NAE_ERA_R-2362_Emakeele_Selts, lk 52
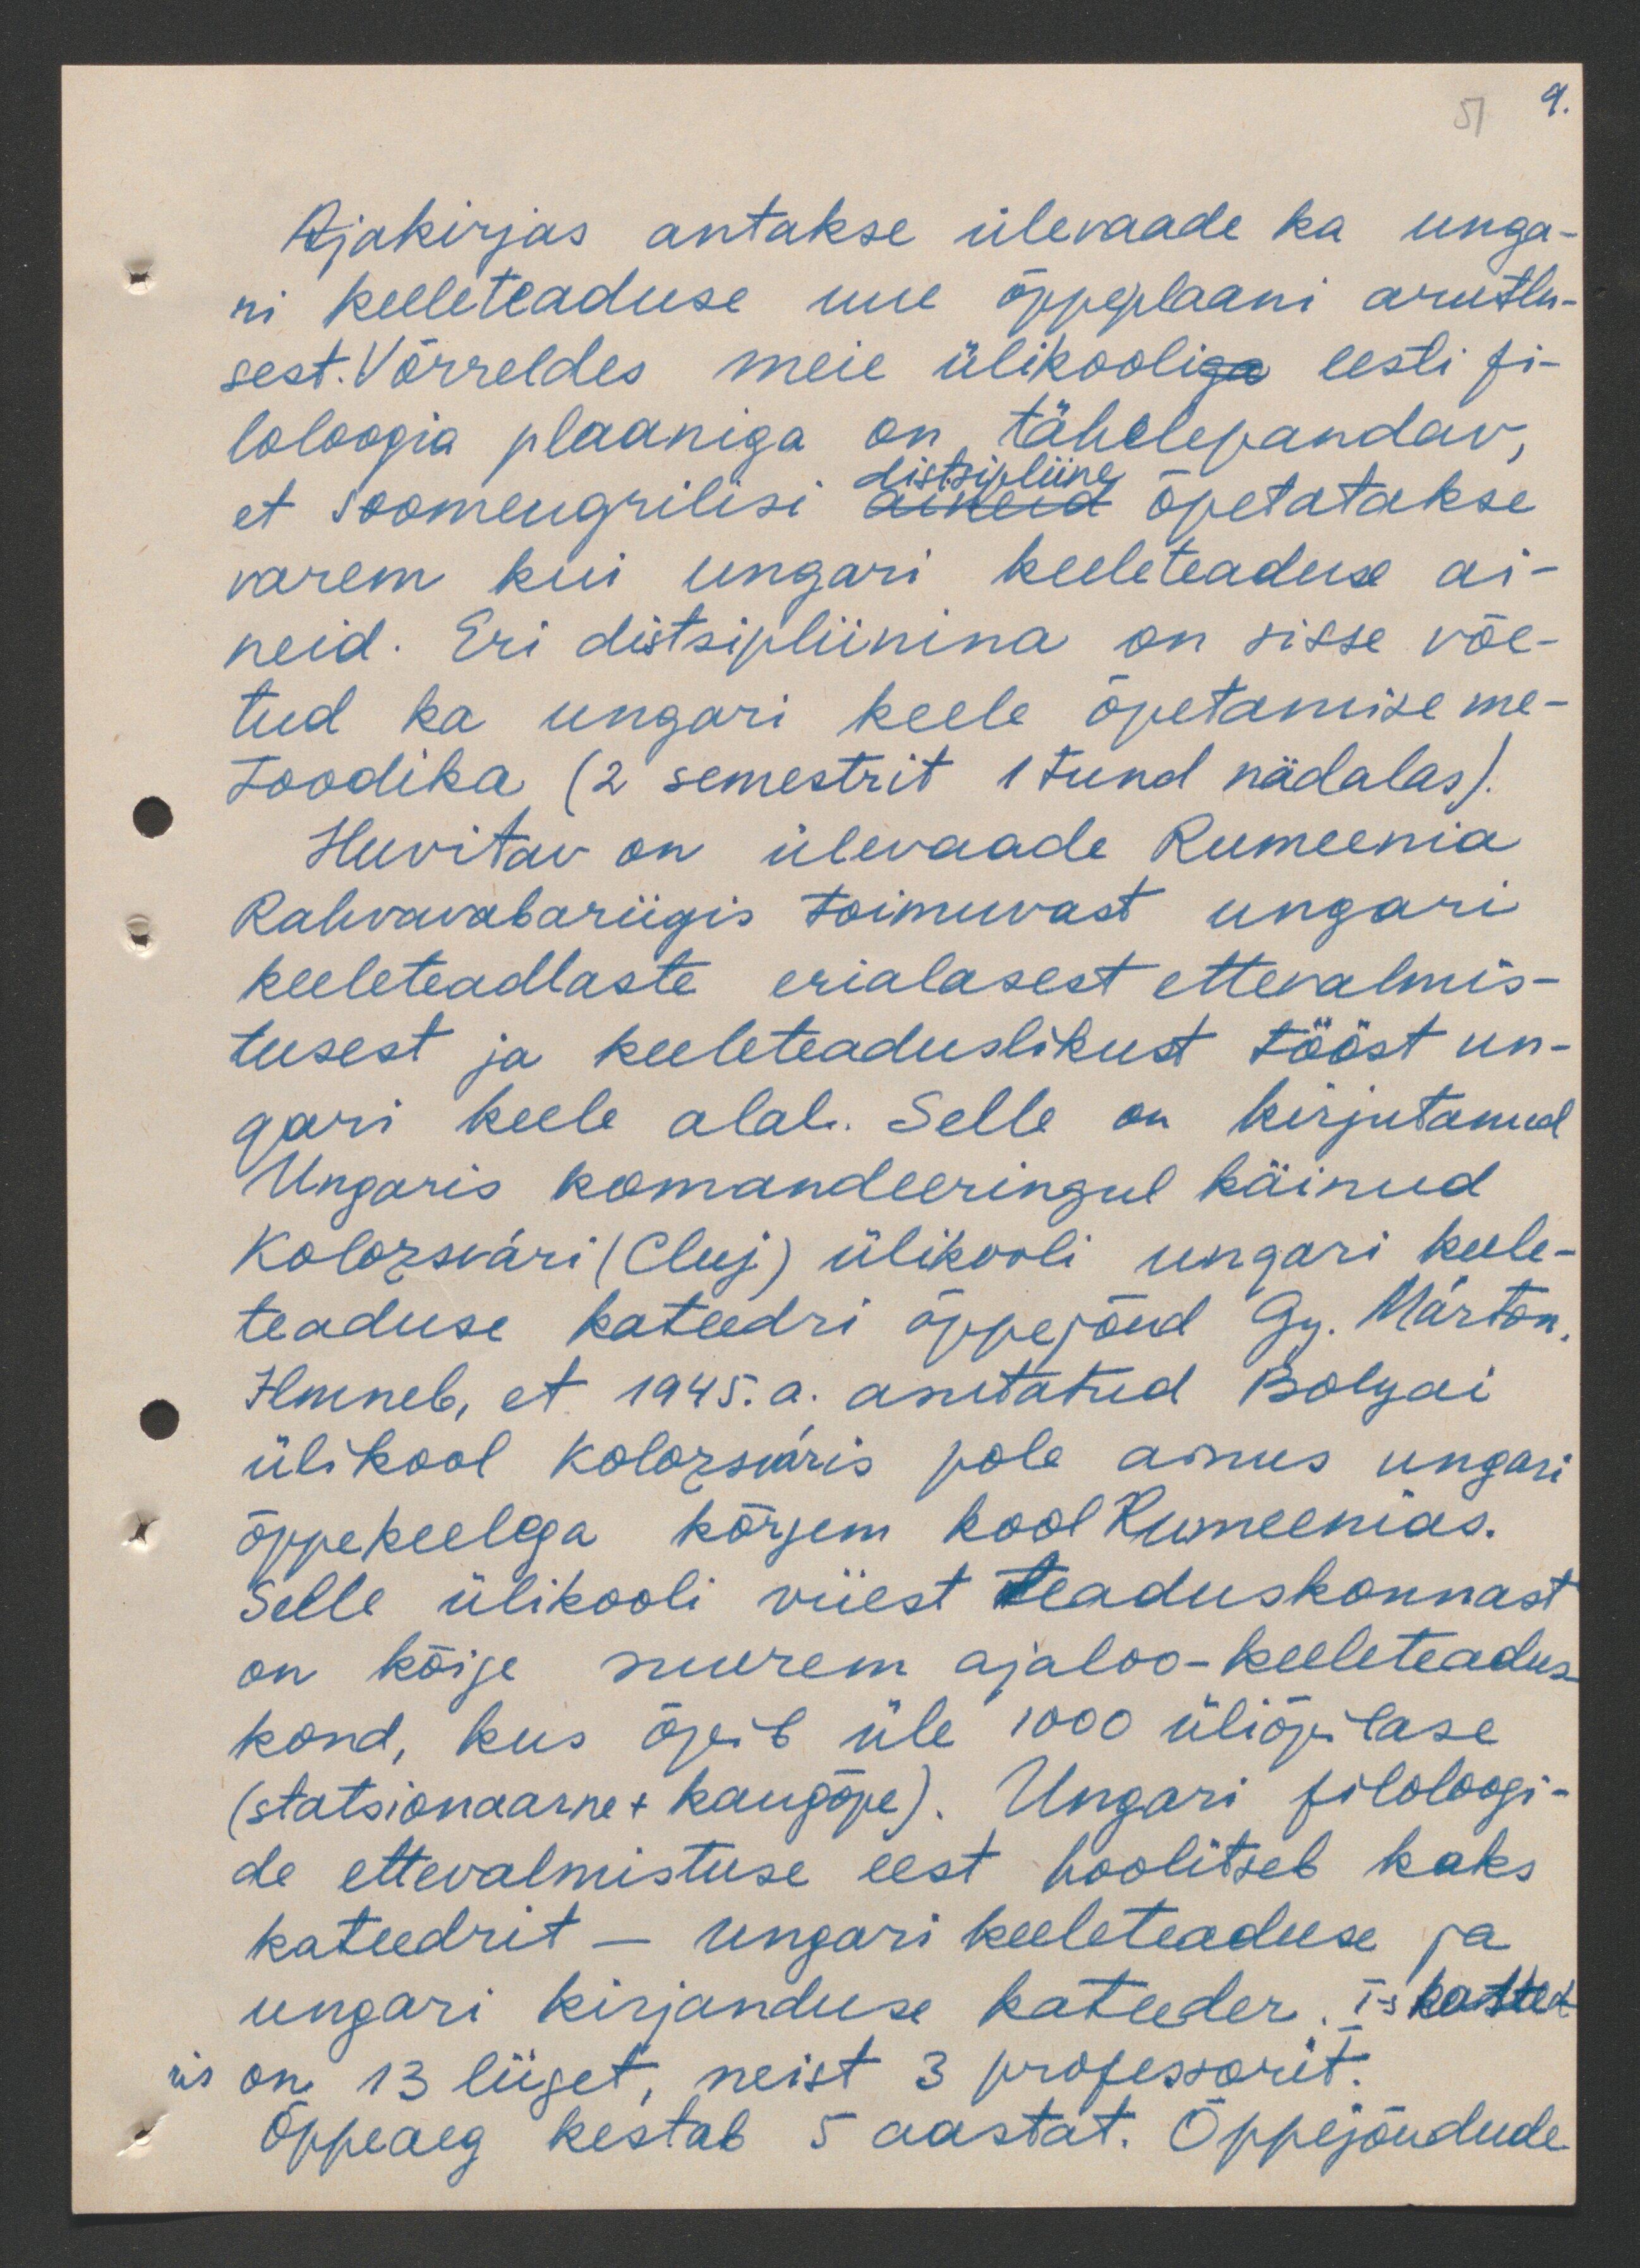
51 9.

Ajakirjas antakse ülevaade ka unga-
ri keeleteaduse uue õppeplaani arutlu-
sest. Võrreldes meie ülikooli eesti fi-
loloogia plaaniga on, tähelepandav,
et soomeugrilisi õpetatakse
distsipliine
varem kui ungari keeleteaduse ai-
neid. Eri distsipliinina on sisse võe-
tud ka ungari keele õpetamise me-
toodika (2 semestrit 1 tund nädalas).
Huvitav on ülevaade Rumeenia
Rahvavabariigis toimuvast ungari
keeleteadlaste erialasest ettevalmis-
tusest ja keeleteaduslikust tööst un-
gari keele alal. Selle on kirjutanud
Ungaris komandeeringul käinud
Kolosvari (Cluj) ülikooli ungari keele-
teaduse kateedri õppejõud Gy. Marton,
Ilmneb, et 1945. a. asutatud Bolyai
ülikool Kolozvaris pole ainus ungari
õppekeelega kõrgem kool Rumeenias.
Selle ülikooli viiest teaduskonnast
on kõige suurem ajaloo-keeleteadus
kond, kus õpib üle 1000 üliõpilase
(statsionaarne-kaugõpe). Ungari filoloogi-
de ettevalmistuse eest hoolitseb kaks
kateedrit - ungari keeleteaduse ja
ungari kirjanduse kateeder. T-s kateed
ris on 13 liiget, neist 3 professorit.
Õppeaeg kestab 5 aastat. Õppejõudude